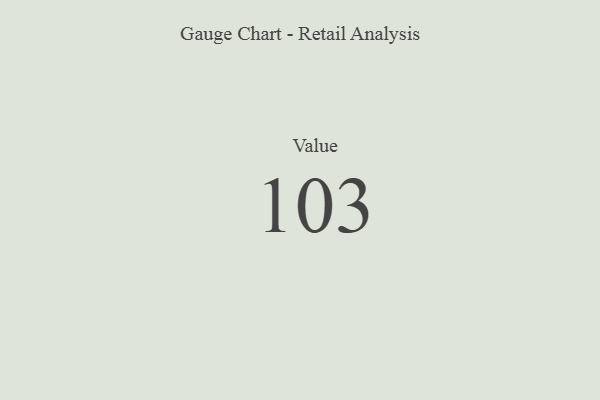
{"axis": {"x": "Metric", "y": "Value"}, "legend": [""], "data": [{"x": "Value", "y": 103, "type": ""}]}